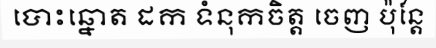
បោះឆ្នោត ដក ទំនុកចិត្ត ចេញ ប៉ុន្តែ